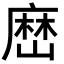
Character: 𡻤